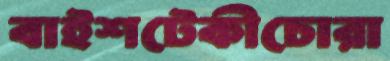
বাইশটেকীচোরা